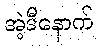
အဲ့ဒီနောက်